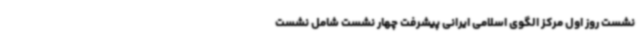
نشست روز اول مرکز الگوی اسلامی ایرانی پیشرفت چهار نشست شامل نشست